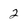
Character: 2